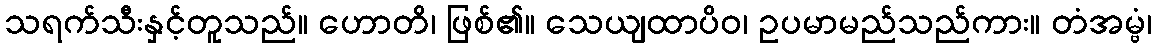
သရက်သီးနှင့်တူသည်။ ဟောတိ၊ ဖြစ်၏။ သေယျထာပိဝ၊ ဥပမာမည်သည်ကား။ တံအမ္ဗံ၊